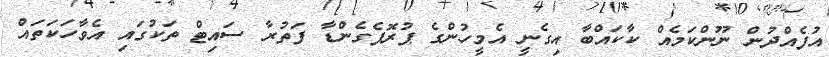
އުފެއްދުން ނޫންކަމެއް ކާކައްބާ އިގެނީ އެމީހުންގެ ޕުރޮޕެގެންޑާ ފަތުރާ ސައިޓް ތަކުގައި އެވާހަކަތައް